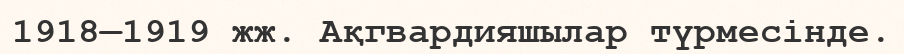
1918—1919 жж. Ақгвардияшылар түрмесінде.